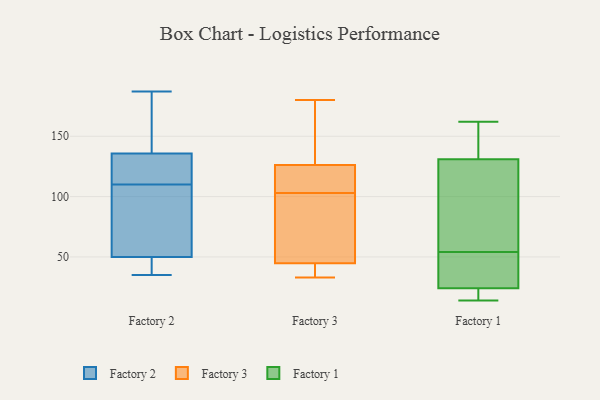
{"axis": {"x": "Website Visitors", "y": "Value"}, "legend": ["Factory 1", "Factory 2", "Factory 3"], "data": [{"x": "", "y": 99, "type": "Factory 2"}, {"x": "", "y": 35, "type": "Factory 2"}, {"x": "", "y": 184, "type": "Factory 2"}, {"x": "", "y": 75, "type": "Factory 2"}, {"x": "", "y": 43, "type": "Factory 2"}, {"x": "", "y": 53, "type": "Factory 2"}, {"x": "", "y": 49, "type": "Factory 2"}, {"x": "", "y": 135, "type": "Factory 2"}, {"x": "", "y": 140, "type": "Factory 2"}, {"x": "", "y": 125, "type": "Factory 2"}, {"x": "", "y": 136, "type": "Factory 2"}, {"x": "", "y": 35, "type": "Factory 2"}, {"x": "", "y": 42, "type": "Factory 2"}, {"x": "", "y": 187, "type": "Factory 2"}, {"x": "", "y": 175, "type": "Factory 2"}, {"x": "", "y": 118, "type": "Factory 2"}, {"x": "", "y": 135, "type": "Factory 2"}, {"x": "", "y": 92, "type": "Factory 2"}, {"x": "", "y": 110, "type": "Factory 2"}, {"x": "", "y": 85, "type": "Factory 3"}, {"x": "", "y": 172, "type": "Factory 3"}, {"x": "", "y": 44, "type": "Factory 3"}, {"x": "", "y": 180, "type": "Factory 3"}, {"x": "", "y": 118, "type": "Factory 3"}, {"x": "", "y": 81, "type": "Factory 3"}, {"x": "", "y": 123, "type": "Factory 3"}, {"x": "", "y": 33, "type": "Factory 3"}, {"x": "", "y": 45, "type": "Factory 3"}, {"x": "", "y": 121, "type": "Factory 3"}, {"x": "", "y": 136, "type": "Factory 3"}, {"x": "", "y": 96, "type": "Factory 3"}, {"x": "", "y": 38, "type": "Factory 3"}, {"x": "", "y": 103, "type": "Factory 3"}, {"x": "", "y": 123, "type": "Factory 3"}, {"x": "", "y": 36, "type": "Factory 3"}, {"x": "", "y": 153, "type": "Factory 3"}, {"x": "", "y": 20, "type": "Factory 1"}, {"x": "", "y": 144, "type": "Factory 1"}, {"x": "", "y": 24, "type": "Factory 1"}, {"x": "", "y": 33, "type": "Factory 1"}, {"x": "", "y": 87, "type": "Factory 1"}, {"x": "", "y": 14, "type": "Factory 1"}, {"x": "", "y": 162, "type": "Factory 1"}, {"x": "", "y": 131, "type": "Factory 1"}, {"x": "", "y": 25, "type": "Factory 1"}, {"x": "", "y": 75, "type": "Factory 1"}]}